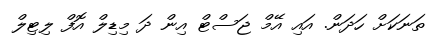
ތަނަކަށް ހަދަން. އައި އޭމް ޖަސްޓް އިން ދަ މިޑިލް އޮފް ލިޓިލް